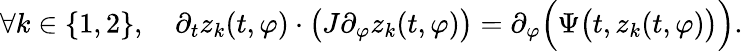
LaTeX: \forall k\in\{ 1,2\} ,\quad\partial_{t}z_{k}(t,\varphi)\cdot\big(J\partial_{\varphi}z_{k}(t,\varphi)\big)=\partial_{\varphi}\Big(\Psi\big(t,z_{k}(t,\varphi)\big)\Big).